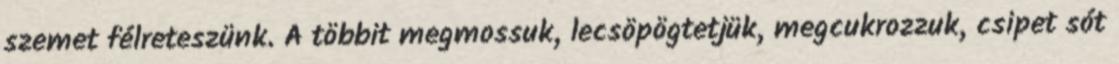
szemet félreteszünk. A többit megmossuk, lecsöpögtetjük, megcukrozzuk, csipet sót